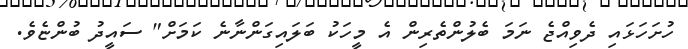
ހުށަހަޅައި ދެވިއްޖެ ނަމަ ބެލުންތެރިން އެ މީހަކު ބަލައިގަންނާނެ ކަމަށް" ސައީދު ބުންޏެވެ.